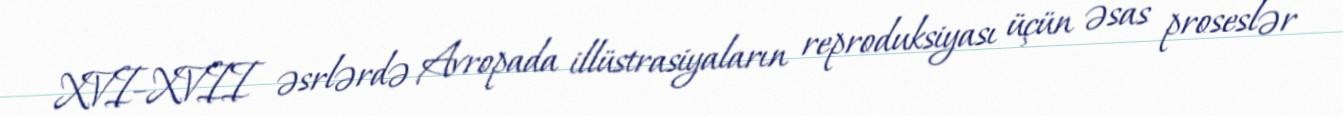
XVI–XVII əsrlərdə Avropada illüstrasiyaların reproduksiyası üçün əsas proseslər